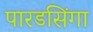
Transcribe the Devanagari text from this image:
पारडसिंगा